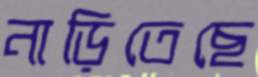
নাড়িতেছে